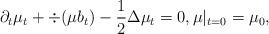
LaTeX: \begin{align*} \partial_t \mu_t +\div(\mu b_t) -\frac12 \Delta \mu_t=0,\mu|_{t=0} =\mu_0, \end{align*}